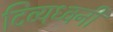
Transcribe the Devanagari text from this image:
दिव्यध्वनी